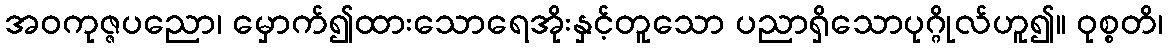
အဝကုဇ္ဇပညော၊ မှောက်၍ထားသောရေအိုးနှင့်တူသော ပညာရှိသောပုဂ္ဂိုလ်ဟူ၍။ ဝုစ္စတိ၊